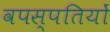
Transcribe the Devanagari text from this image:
वपस्पतियों